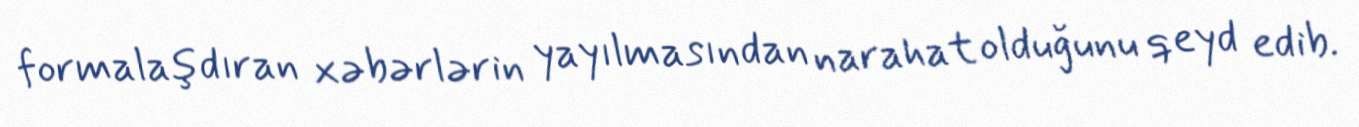
formalaşdıran xəbərlərin yayılmasından narahat olduğunu qeyd edib.